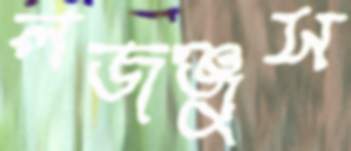
লজঞ্জুস